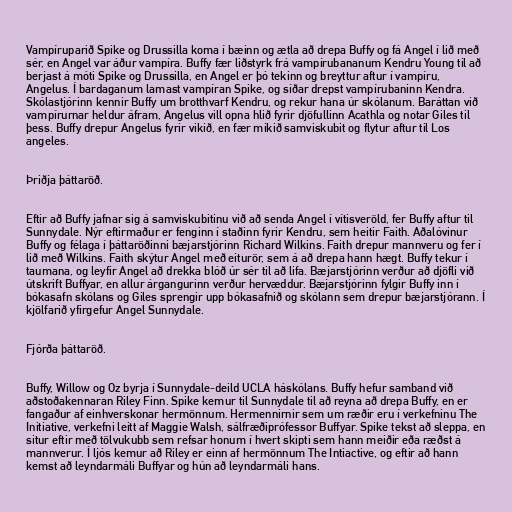
Vampíruparið Spike og Drussilla koma í bæinn og ætla að drepa Buffy og fá Angel í lið með
sér, en Angel var áður vampíra. Buffy fær liðstyrk frá vampírubananum Kendru Young til að
berjast á móti Spike og Drussilla, en Angel er þó tekinn og breyttur aftur í vampíru,
Angelus. Í bardaganum lamast vampíran Spike, og síðar drepst vampírubaninn Kendra.
Skólastjórinn kennir Buffy um brotthvarf Kendru, og rekur hana úr skólanum. Baráttan við
vampírurnar heldur áfram, Angelus vill opna hlið fyrir djöfullinn Acathla og notar Giles til
þess. Buffy drepur Angelus fyrir vikið, en fær mikið samviskubit og flytur aftur til Los
angeles.

Þriðja þáttaröð.

Eftir að Buffy jafnar sig á samviskubitinu við að senda Angel í vítisveröld, fer Buffy aftur til
Sunnydale. Nýr eftirmaður er fenginn í staðinn fyrir Kendru, sem heitir Faith. Aðalóvinur
Buffy og félaga í þáttaröðinni bæjarstjórinn Richard Wilkins. Faith drepur mannveru og fer í
lið með Wilkins. Faith skýtur Angel með eiturör, sem á að drepa hann hægt. Buffy tekur í
taumana, og leyfir Angel að drekka blóð úr sér til að lifa. Bæjarstjórinn verður að djöfli við
útskrift Buffyar, en allur árgangurinn verður hervæddur. Bæjarstjórinn fylgir Buffy inn í
bókasafn skólans og Giles sprengir upp bókasafnið og skólann sem drepur bæjarstjórann. Í
kjölfarið yfirgefur Angel Sunnydale.

Fjórða þáttaröð.

Buffy, Willow og Oz byrja í Sunnydale-deild UCLA háskólans. Buffy hefur samband við
aðstoðakennaran Riley Finn. Spike kemur til Sunnydale til að reyna að drepa Buffy, en er
fangaður af einhverskonar hermönnum. Hermennirnir sem um ræðir eru í verkefninu The
Initiative, verkefni leitt af Maggie Walsh, sálfræðiprófessor Buffyar. Spike tekst að sleppa, en
situr eftir með tölvukubb sem refsar honum í hvert skipti sem hann meiðir eða ræðst á
mannverur. Í ljós kemur að Riley er einn af hermönnum The Intiactive, og eftir að hann
kemst að leyndarmáli Buffyar og hún að leyndarmáli hans.